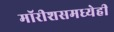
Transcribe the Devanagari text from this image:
मॉरीशसमध्येही